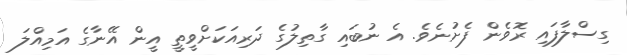
ގިސްލާފައި ރޮވެން ފެށުނެވެ. އެ ނުބައި ގާތިލުގެ ދަރިއަކަށްވީތީ އީން އޭނާގެ އަމިއްލަ